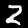
Label: 2